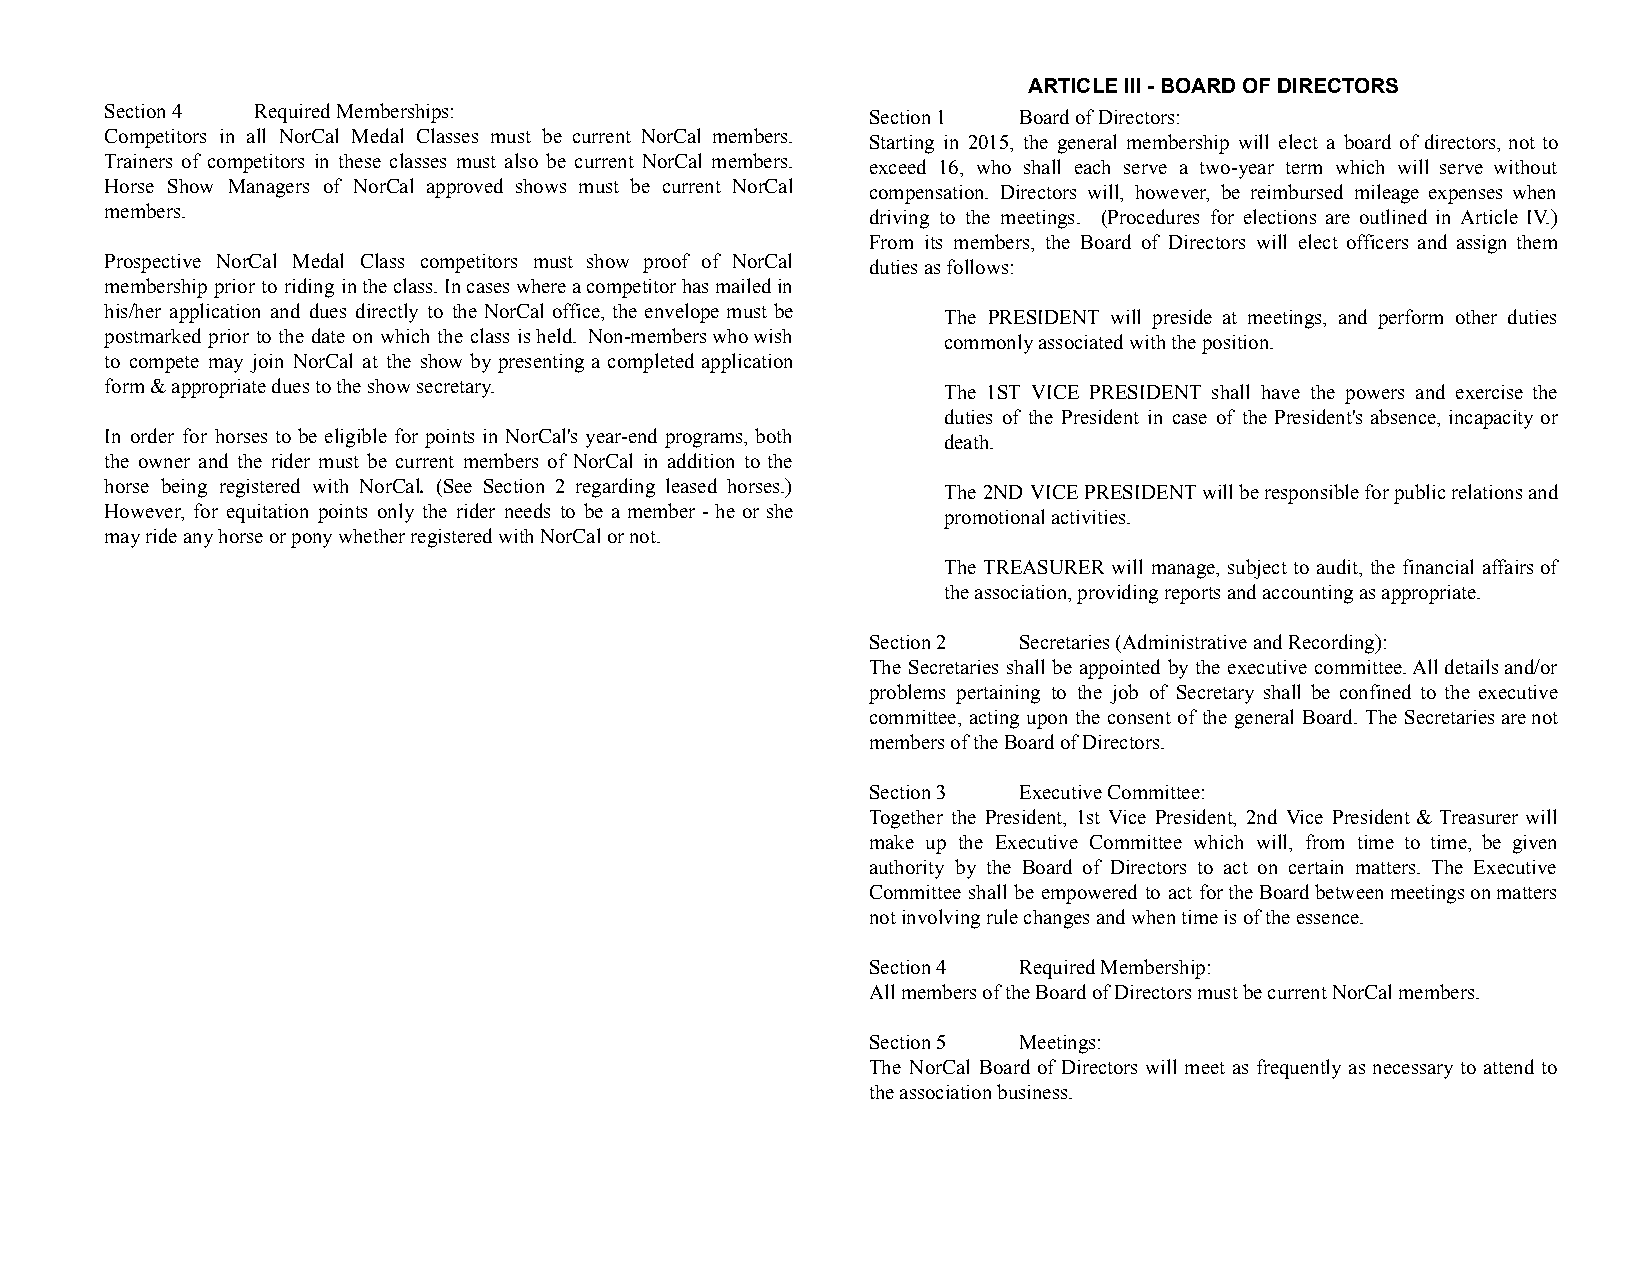
ARTICLE III - BOARD OF DIRECTORS
 Section 4 Required Memberships:                   Section 1 Board of Directors:
 Competitors in all NorCal Medal Classes must be current NorCal members. Starting in 2015, the general membership will elect a board of directors, not to
 Trainers of competitors in these classes must also be current NorCal members. exceed 16, who shall each serve a two-year term which will serve without
 Horse Show Managers of NorCal approved shows must be current NorCal compensation. Directors will, however, be reimbursed mileage expenses when
 members.                                          driving to the meetings. (Procedures for elections are outlined in Article IV.)
 From its members, the Board of Directors will elect officers and assign them
 Prospective NorCal Medal Class competitors must show proof of NorCal duties as follows:
 membership prior to riding intheclass.Incaseswhereacompetitorhasmailedin
 his/her application and dues directly to the NorCal office, the envelope must be The PRESIDENT will preside at meetings, and perform other duties
 postmarked prior to the date on which the class isheld. Non-memberswhowish commonly associated with the position.
 to compete may join NorCal at the show by presenting a completed application
 form & appropriate dues to the show secretary.         The 1ST VICE PRESIDENT shall have the powers and exercise the
 duties of the President in case of the President's absence, incapacity or
 In order for horses to be eligible for points in NorCal's year-end programs, both death.
 the owner and the rider must be current members of NorCal in addition to the
 horse being registered with NorCal. (See Section 2 regarding leased horses.) The 2ND VICEPRESIDENTwillberesponsibleforpublicrelationsand
 However, for equitation points only the rider needs to be a member - he or she promotional activities.
 may ride any horse or pony whether registered with NorCal or not.
 The TREASURER will manage, subject to audit, the financial affairsof
 the association, providing reports and accounting as appropriate.
 Section 2 Secretaries (Administrative and Recording):
 The Secretaries shall be appointed by the executive committee.Alldetailsand/or
 problems pertaining to the job of Secretary shall be confined to the executive
 committee, acting upon the consent of the general Board. The Secretariesarenot
 members of the Board of Directors.
 Section 3 Executive Committee:
 Together the President, 1st Vice President, 2nd Vice President & Treasurer will
 make up the Executive Committee which will, from time to time, be given
 authority by the Board of Directors to act on certain matters. The Executive
 Committee shall be empowered to act fortheBoardbetweenmeetingsonmatters
 not involving rule changes and when time is of the essence.
 Section 4 Required Membership:
 All members of the Board of Directors must be current NorCal members.
 Section 5 Meetings:
 The NorCal Board of Directors will meet as frequently as necessary to attend to
 the association business.